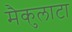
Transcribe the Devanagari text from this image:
मैकुलाटा